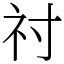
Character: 𥘑